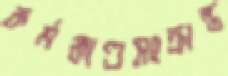
কর্মকাণ্ডসংক্রান্ত